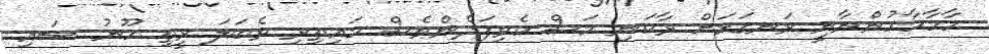
ހާހާހާހުންނާނީ ރަނގަޅަށް ރާކަނި މަސް ކެވިފަދެންވެސް މައިތިރި ވެބަލަ ރީތި ހޫނު ސައި